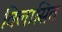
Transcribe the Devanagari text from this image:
विलासित